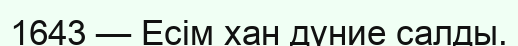
1643 — Есім хан дүние салды.